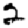
Digit: 2